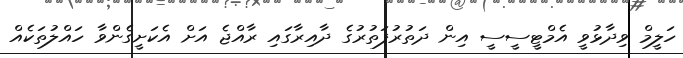
ހަލީމް ވިދާޅުވީ އެމްޓީސީސީ އިން ދަތުރުފަތުރުގެ ދާއިރާގައި ރާއްޖެ އަށް އެކަށީގެންވާ ހައްލުތަކެއް